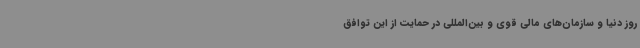
روز دنیا و سازمان‌های مالی قوی و بین‌المللی در حمایت از این توافق